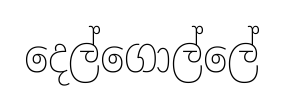
දෙල්ගොල්ලේ